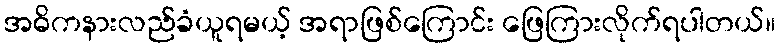
အဓိကနားလည်ခံယူရမယ့် အရာဖြစ်ကြောင်း ဖြေကြားလိုက်ရပါတယ်။